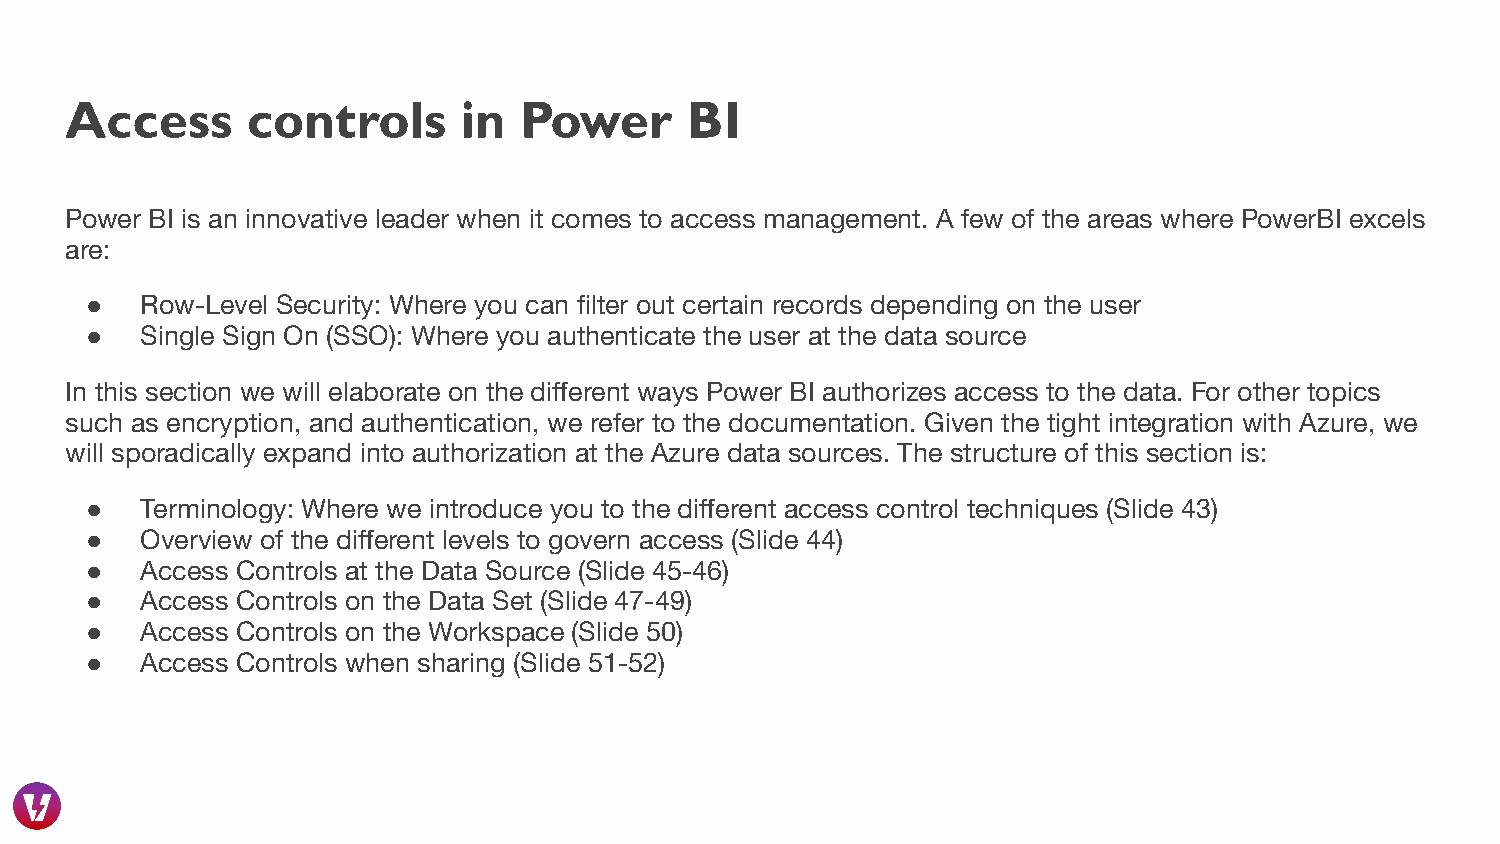
Access      controls      in  Power      BI
 Power BI is an innovative leader when it comes to access management. A few of the areas where PowerBI excels
 are:
 ●  Row-Level Security: Where you can filter out certain records depending on the user
 ●  Single Sign On (SSO): Where you authenticate the user at the data source
 In this section we will elaborate on the different ways Power BI authorizes access to the data. For other topics
 such as encryption, and authentication, we refer to the documentation. Given the tight integration with Azure, we
 will sporadically expand into authorization at the Azure data sources. The structure of this section is:
 ●  Terminology: Where we introduce you to the different access control techniques (Slide 43)
 ●  Overview of the different levels to govern access (Slide 44)
 ●  Access Controls at the Data Source (Slide 45-46)
 ●  Access Controls on the Data Set (Slide 47-49)
 ●  Access Controls on the Workspace (Slide 50)
 ●  Access Controls when sharing (Slide 51-52)